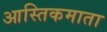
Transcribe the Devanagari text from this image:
आस्तिकमाता